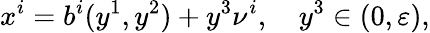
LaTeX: x^{i}=b^{i}(y^{1},y^{2})+y^{3}\nu^{i},\quad y^{3}\in(0,\varepsilon),